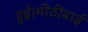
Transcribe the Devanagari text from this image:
हुई।मीठीबाई